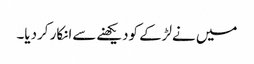
میں نےلڑکے کودیکھنےسےانکار کردیا۔